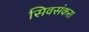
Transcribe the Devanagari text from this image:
सिवसंकरा